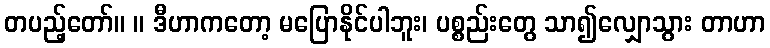
တပည့်တော်။ ။ ဒီဟာကတော့ မပြောနိုင်ပါဘူး၊ ပစ္စည်းတွေ သာ၍လျှောသွား တာဟာ